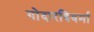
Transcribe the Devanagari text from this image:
गोदारविवर्मा